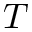
T